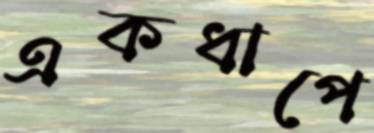
একধাপে